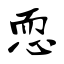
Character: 恧